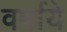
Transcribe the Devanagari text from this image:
वर्षाये